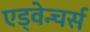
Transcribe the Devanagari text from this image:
एड्वेन्चर्स